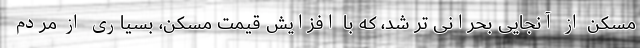
مسکن از آنجایی بحرانی تر شد، که با افزایش قیمت مسکن، بسیاری از مردم